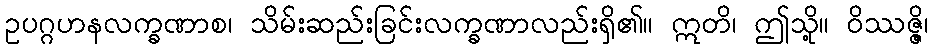
ဥပဂ္ဂဟနလက္ခဏာစ၊ သိမ်းဆည်းခြင်းလက္ခဏာလည်းရှိ၏။ ဣတိ၊ ဤသို့။ ဝိဿဇ္ဇိ၊